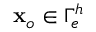
{ \bf x } _ { o } \in \Gamma _ { e } ^ { h }